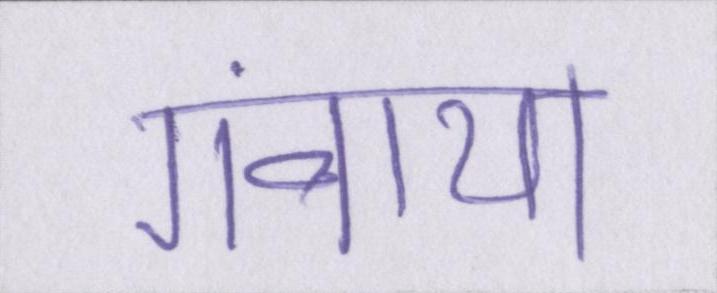
गंवाया